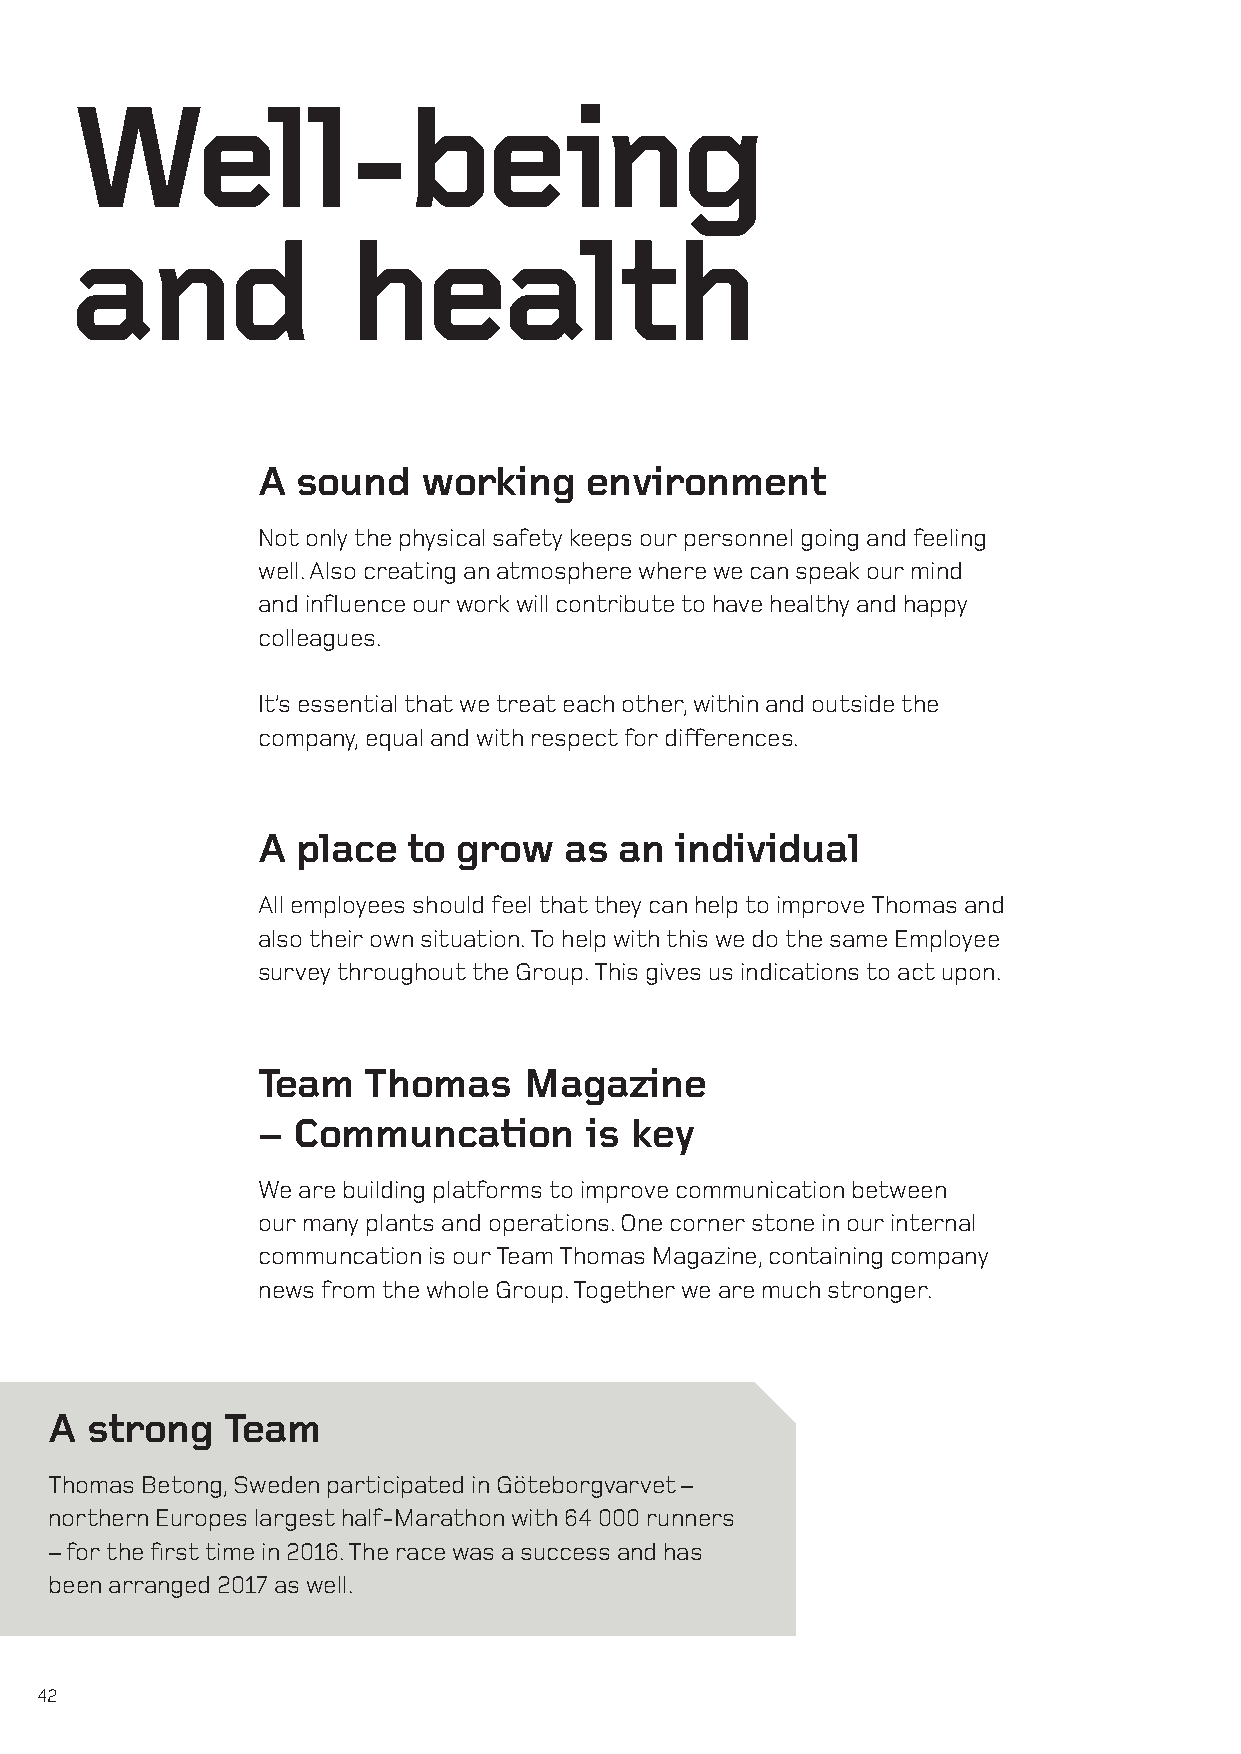
Well-being
 and               health
 A  sound   working    environment
 Not only the physical safety keeps our personnel going and feeling
 well. Also creating an atmosphere where we can speak our mind
 and influence our work will contribute to have healthy and happy
 colleagues.
 It’s essential that we treat each other, within and outside the
 company, equal and with respect for differences.
 A  place  to grow   as  an  individual
 All employees should feel that they can help to improve Thomas and
 also their own situation. To help with this we do the same Employee
 survey throughout the Group. This gives us indications to act upon.
 Team   Thomas     Magazine
 – Communcation        is key
 We are building platforms to improve communication between
 our many plants and operations. One corner stone in our internal
 communcation is our Team Thomas Magazine, containing company
 news from the whole Group. Together we are much stronger.
 A  strong   Team
 Thomas Betong, Sweden participated in Göteborgvarvet –
 northern Europes largest half-Marathon with 64 000 runners
 – for the first time in 2016. The race was a success and has
 been arranged 2017 as well.
 42